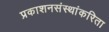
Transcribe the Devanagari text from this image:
प्रकाशनसंस्थांकरिता